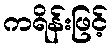
ကရိန်းဖြင့်